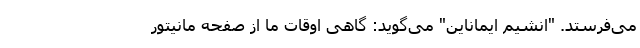
می‌فرستد. "انشیم ایماناین" می‌گوید: گاهی اوقات ما از صفحه مانیتور